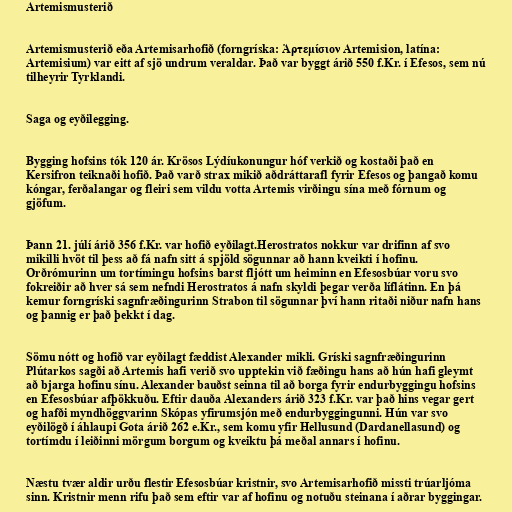
Artemismusterið

Artemismusterið eða Artemisarhofið (forngríska: Ἀρτεμίσιον Artemision, latína:
Artemisium) var eitt af sjö undrum veraldar. Það var byggt árið 550 f.Kr. í Efesos, sem nú
tilheyrir Tyrklandi.

Saga og eyðilegging.

Bygging hofsins tók 120 ár. Krösos Lýdíukonungur hóf verkið og kostaði það en
Kersifron teiknaði hofið. Það varð strax mikið aðdráttarafl fyrir Efesos og þangað komu
kóngar, ferðalangar og fleiri sem vildu votta Artemis virðingu sína með fórnum og
gjöfum.

Þann 21. júlí árið 356 f.Kr. var hofið eyðilagt.Herostratos nokkur var drifinn af svo
mikilli hvöt til þess að fá nafn sitt á spjöld sögunnar að hann kveikti í hofinu.
Orðrómurinn um tortímingu hofsins barst fljótt um heiminn en Efesosbúar voru svo
fokreiðir að hver sá sem nefndi Herostratos á nafn skyldi þegar verða líflátinn. En þá
kemur forngríski sagnfræðingurinn Strabon til sögunnar því hann ritaði niður nafn hans
og þannig er það þekkt í dag.

Sömu nótt og hofið var eyðilagt fæddist Alexander mikli. Gríski sagnfræðingurinn
Plútarkos sagði að Artemis hafi verið svo upptekin við fæðingu hans að hún hafi gleymt
að bjarga hofinu sínu. Alexander bauðst seinna til að borga fyrir endurbyggingu hofsins
en Efesosbúar afþökkuðu. Eftir dauða Alexanders árið 323 f.Kr. var það hins vegar gert
og hafði myndhöggvarinn Skópas yfirumsjón með endurbyggingunni. Hún var svo
eyðilögð í áhlaupi Gota árið 262 e.Kr., sem komu yfir Hellusund (Dardanellasund) og
tortímdu í leiðinni mörgum borgum og kveiktu þá meðal annars í hofinu.

Næstu tvær aldir urðu flestir Efesosbúar kristnir, svo Artemisarhofið missti trúarljóma
sinn. Kristnir menn rifu það sem eftir var af hofinu og notuðu steinana í aðrar byggingar.